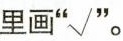
里画”√”。